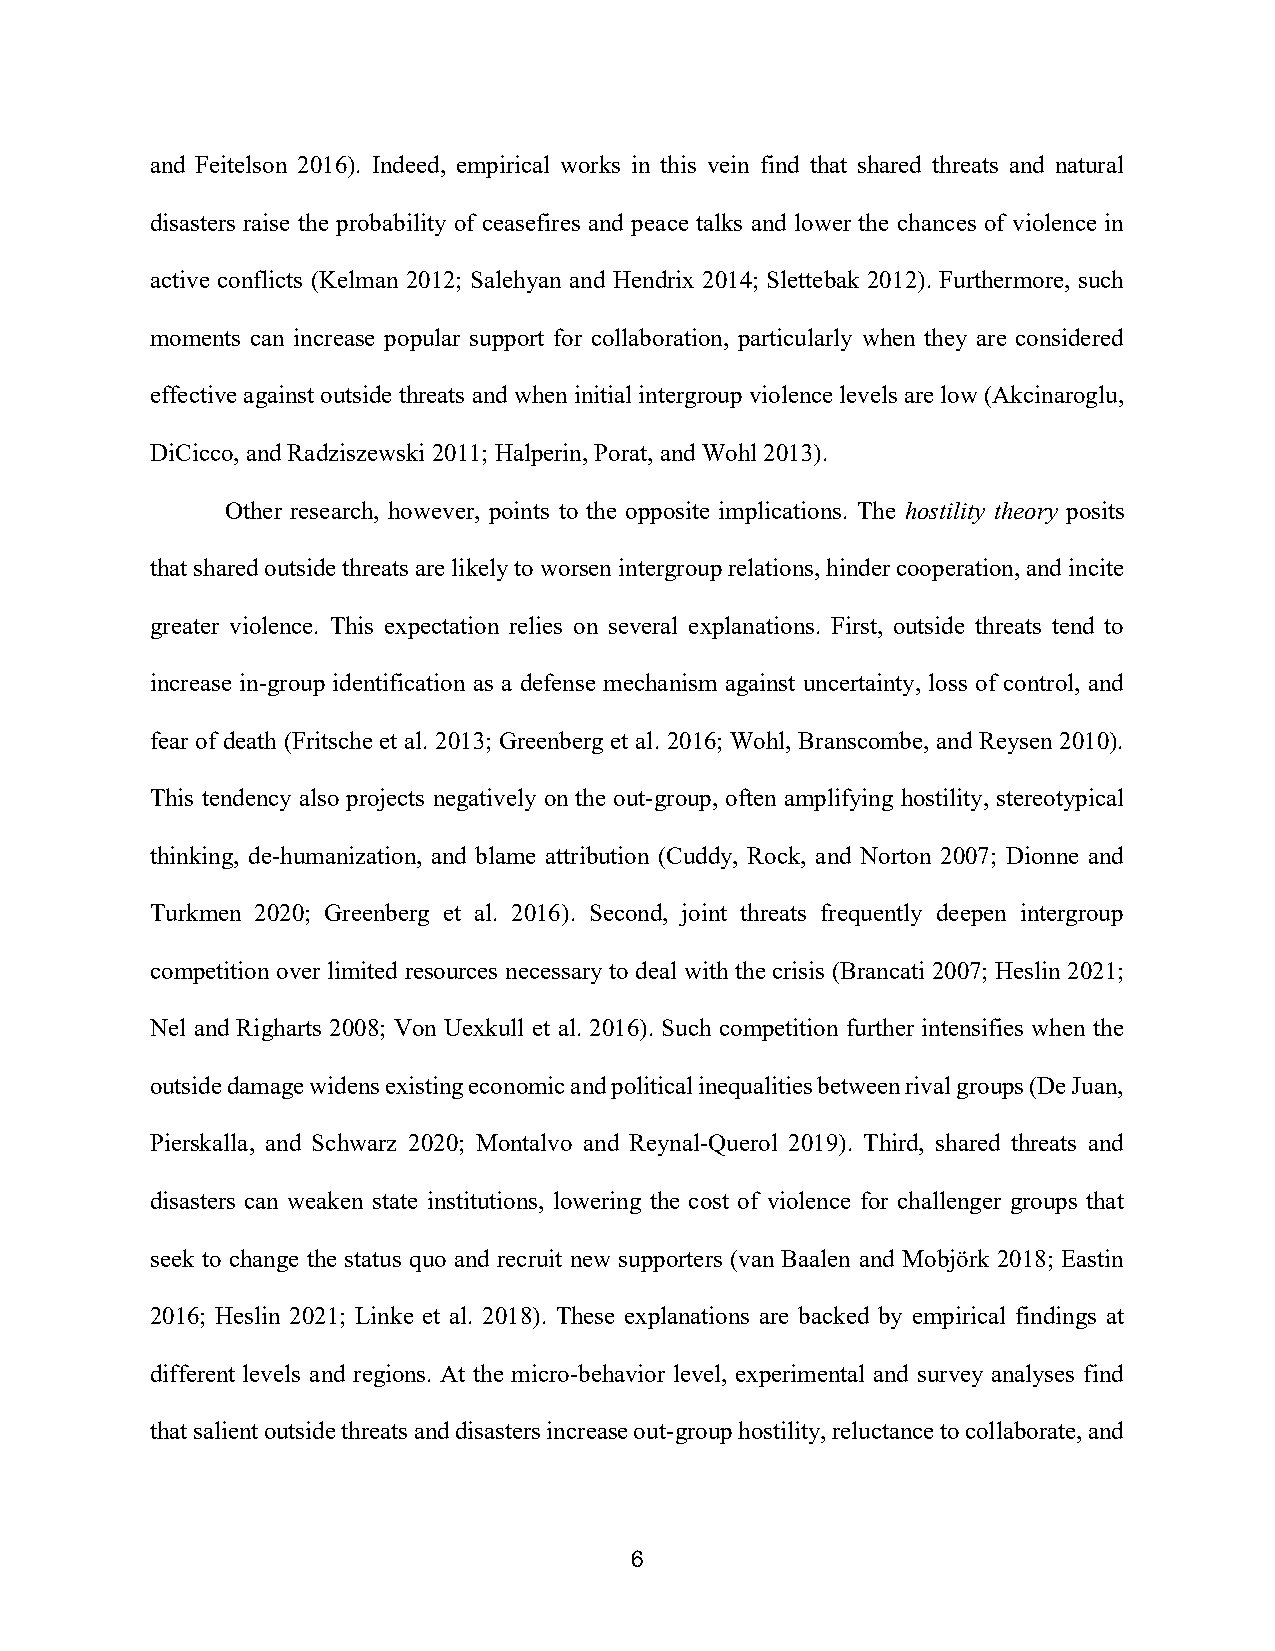
and Feitelson 2016). Indeed, empirical works in this vein find that shared threats and natural
 disasters raise the probability of ceasefires and peace talks and lower the chances of violence in
 active conflicts (Kelman 2012; Salehyan and Hendrix 2014; Slettebak 2012). Furthermore, such
 moments can increase popular support for collaboration, particularly when they are considered
 effective against outside threats and when initial intergroup violence levels are low (Akcinaroglu,
 DiCicco, and Radziszewski 2011; Halperin, Porat, and Wohl 2013).
 Other research, however, points to the opposite implications. The hostility theory posits
 that shared outside threats are likely to worsen intergroup relations, hinder cooperation, and incite
 greater violence. This expectation relies on several explanations. First, outside threats tend to
 increase in-group identification as a defense mechanism against uncertainty, loss of control, and
 fear of death (Fritsche et al. 2013; Greenberg et al. 2016; Wohl, Branscombe, and Reysen 2010).
 This tendency also projects negatively on the out-group, often amplifying hostility, stereotypical
 thinking, de-humanization, and blame attribution (Cuddy, Rock, and Norton 2007; Dionne and
 Turkmen 2020; Greenberg et al. 2016). Second, joint threats frequently deepen intergroup
 competition over limited resources necessary to deal with the crisis (Brancati 2007; Heslin 2021;
 Nel and Righarts 2008; Von Uexkull et al. 2016). Such competition further intensifies when the
 outside damage widens existing economic and political inequalities between rival groups (De Juan,
 Pierskalla, and Schwarz 2020; Montalvo and Reynal-Querol 2019). Third, shared threats and
 disasters can weaken state institutions, lowering the cost of violence for challenger groups that
 seek to change the status quo and recruit new supporters (van Baalen and Mobjörk 2018; Eastin
 2016; Heslin 2021; Linke et al. 2018). These explanations are backed by empirical findings at
 different levels and regions. At the micro-behavior level, experimental and survey analyses find
 that salient outside threats and disasters increase out-group hostility, reluctance to collaborate, and
 6